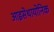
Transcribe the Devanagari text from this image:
आइसेथायोनिक